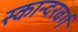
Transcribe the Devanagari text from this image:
स्कान्दरबर्ग